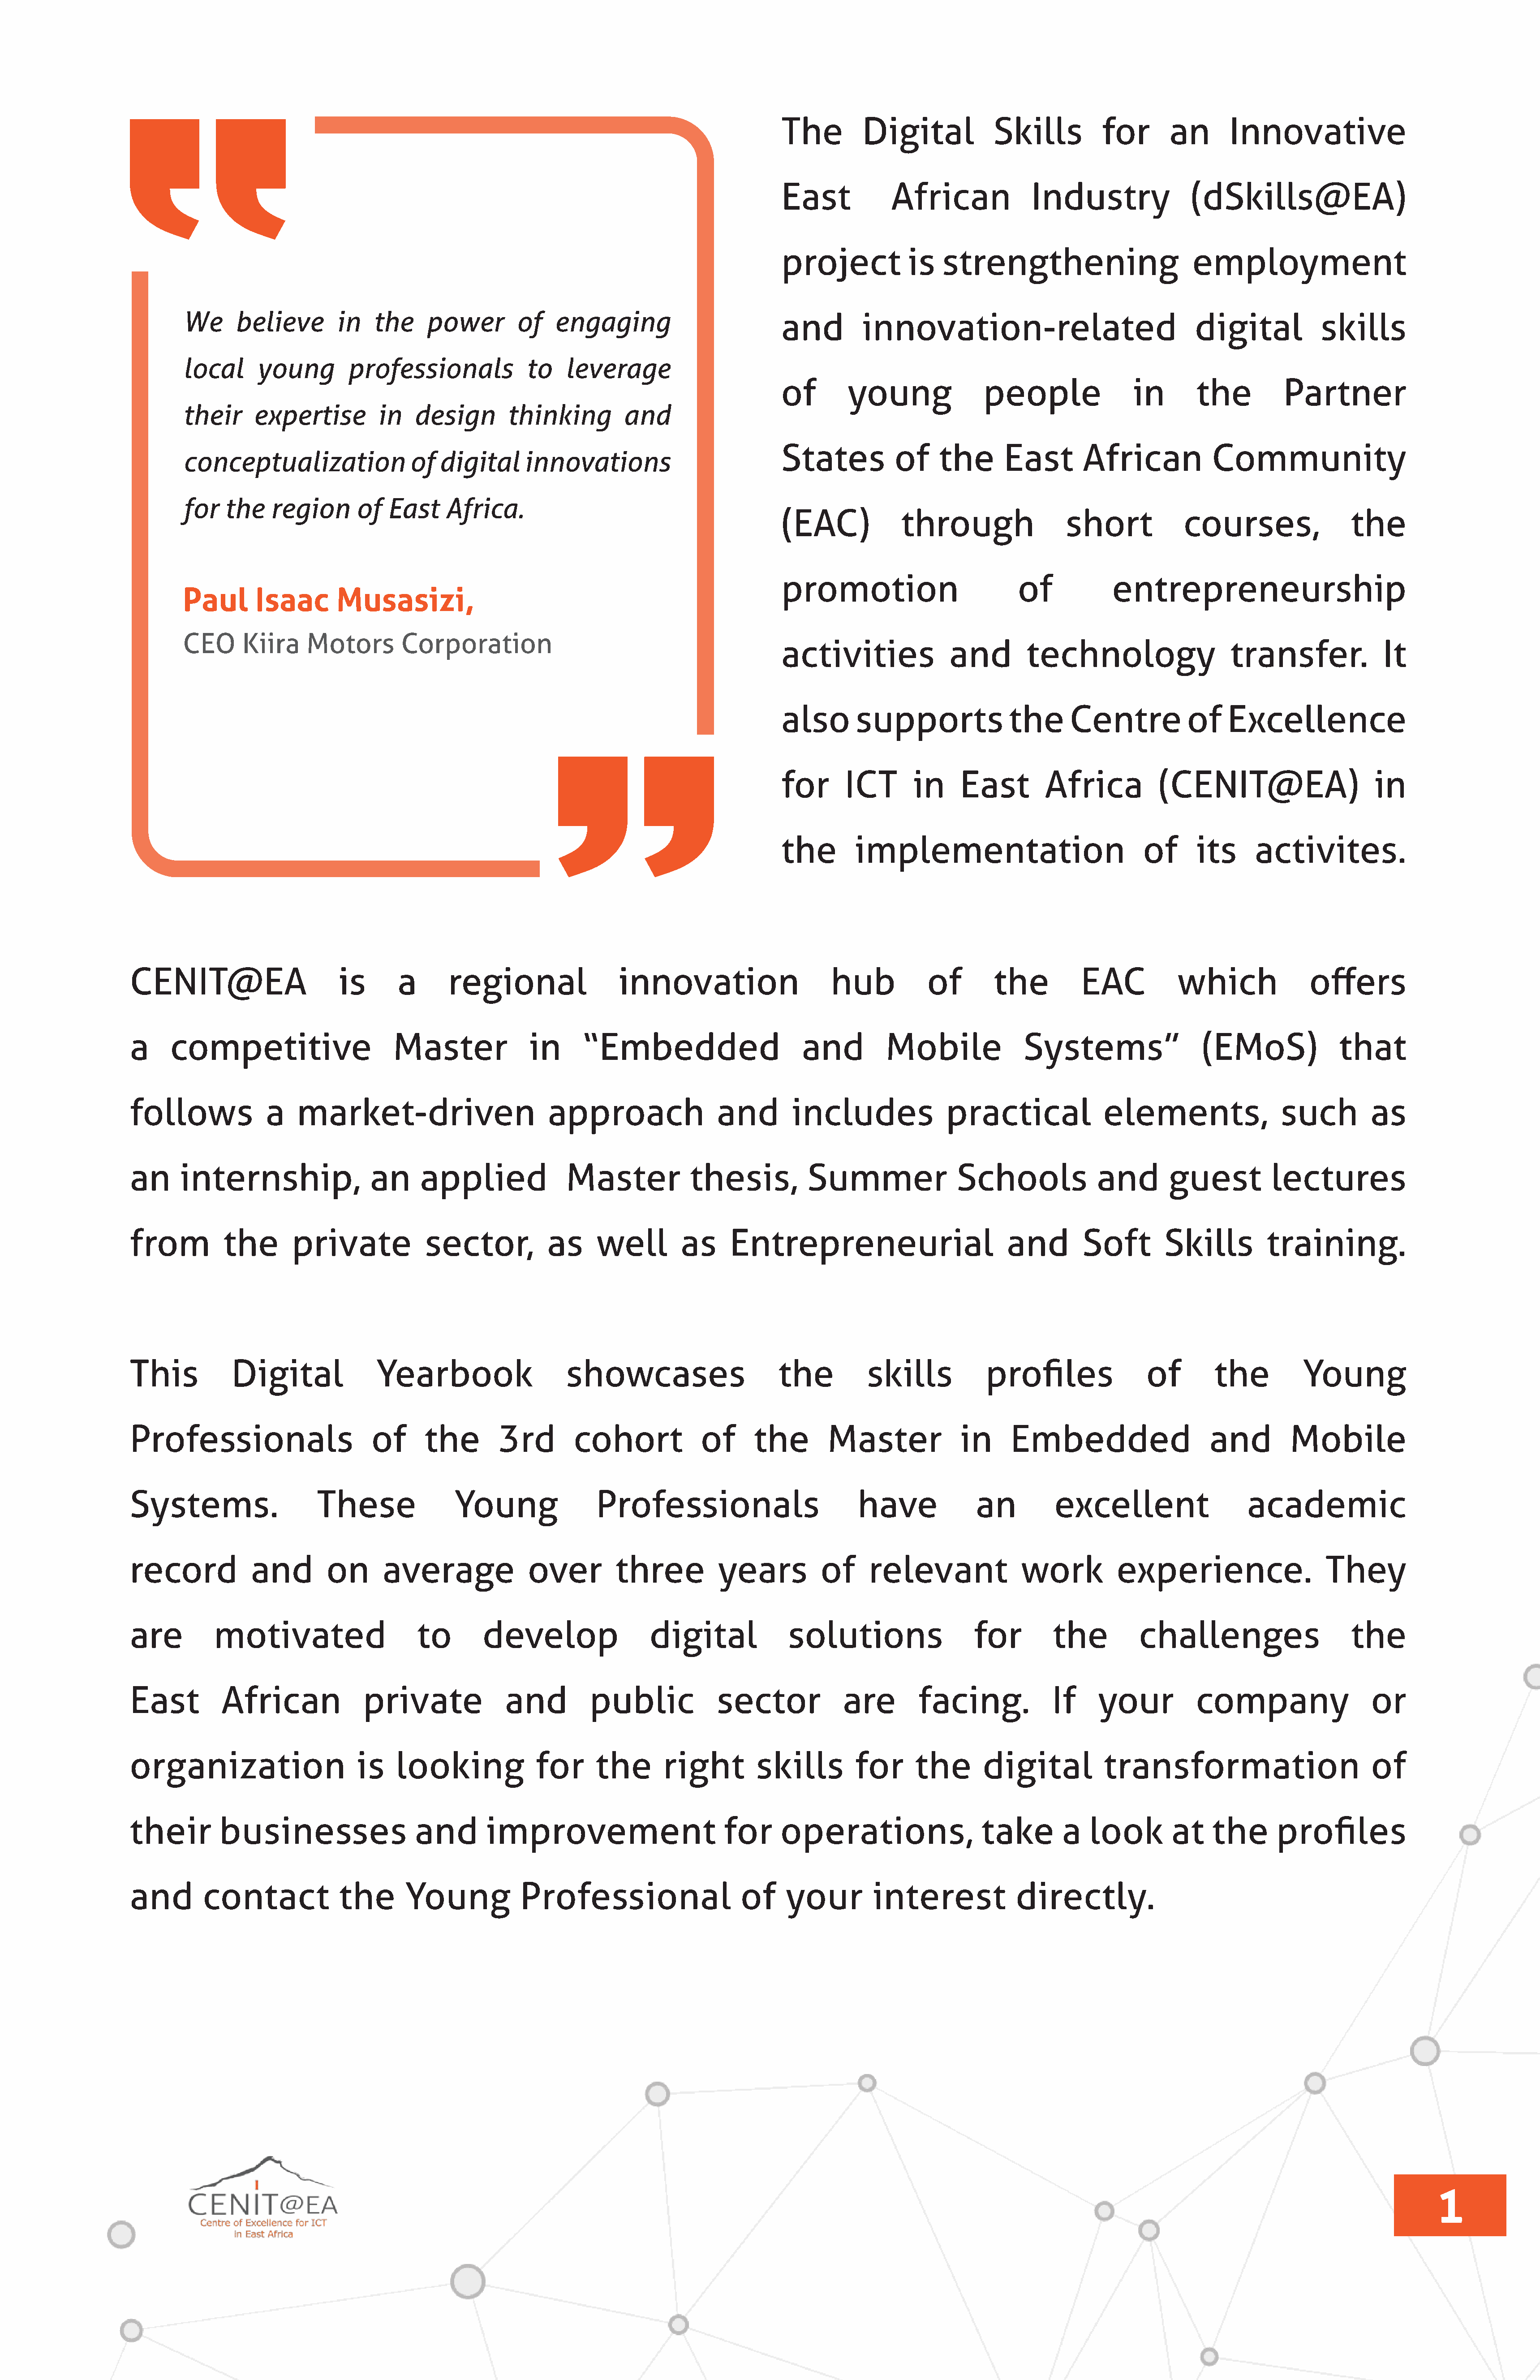
The         Digital             Skills          for       an       Innovative
 East             African             Industry                (dSkills@EA)
 project            is   strengthening                        employment
 We      believe        in   the     power        of    engaging                         and         innovation-related                                digital           skills
 local      young        professionals              to    leverage
 of        young               people                in        the          Partner
 their     expertise          in   design        thinking         and
 States           of     the      East        African            Community
 conceptualization                 of  digital     innovations
 for   the    region       of  East     Africa.
 (EAC)             through                 short             courses,                 the
 promotion                          of            entrepreneurship
 Paul       Isaac       Musasizi,
 CEO      Kiira    Motors        Corporation
 activities               and         technology                    transfer.             It
 also       supports               the      Centre           of    Excellence
 for       ICT       in     East        Africa           (CENIT@EA)                      in
 the        implementation                             of      its     activites.
 CENIT@EA                       is       a      regional                 innovation                      hub           of        the          EAC           which              offers
 a     competitive                      Master              in      “Embedded                       and          Mobile              Systems”                   (EMoS)              that
 follows             a    market-driven                        approach                 and        includes               practical              elements,                 such          as
 an      internship,                 an     applied               Master            thesis,          Summer                Schools              and        guest          lectures
 from          the       private             sector,           as     well         as     Entrepreneurial                          and        Soft        Skills         training.
 This           Digital               Yearbook                    showcases                      the          skills            profiles               of        the          Young
 Professionals                       of      the        3rd        cohort             of     the        Master              in     Embedded                      and         Mobile
 Systems.                    These               Young                Professionals                          have             an          excellent                   academic
 record            and        on       average              over         three          years          of     relevant               work          experience.                    They
 are          motivated                     to       develop                  digital             solutions                   for         the         challenges                      the
 East          African              private              and         public             sector             are        facing.            If     your           company                   or
 organization                      is   looking              for      the       right         skills        for      the       digital           transformation                          of
 their        businesses                   and        improvement                        for     operations,                   take        a   look        at    the       profiles
 and        contact             the       Young            Professional                    of     your         interest             directly.
 1